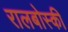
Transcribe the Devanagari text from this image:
रालबोस्की